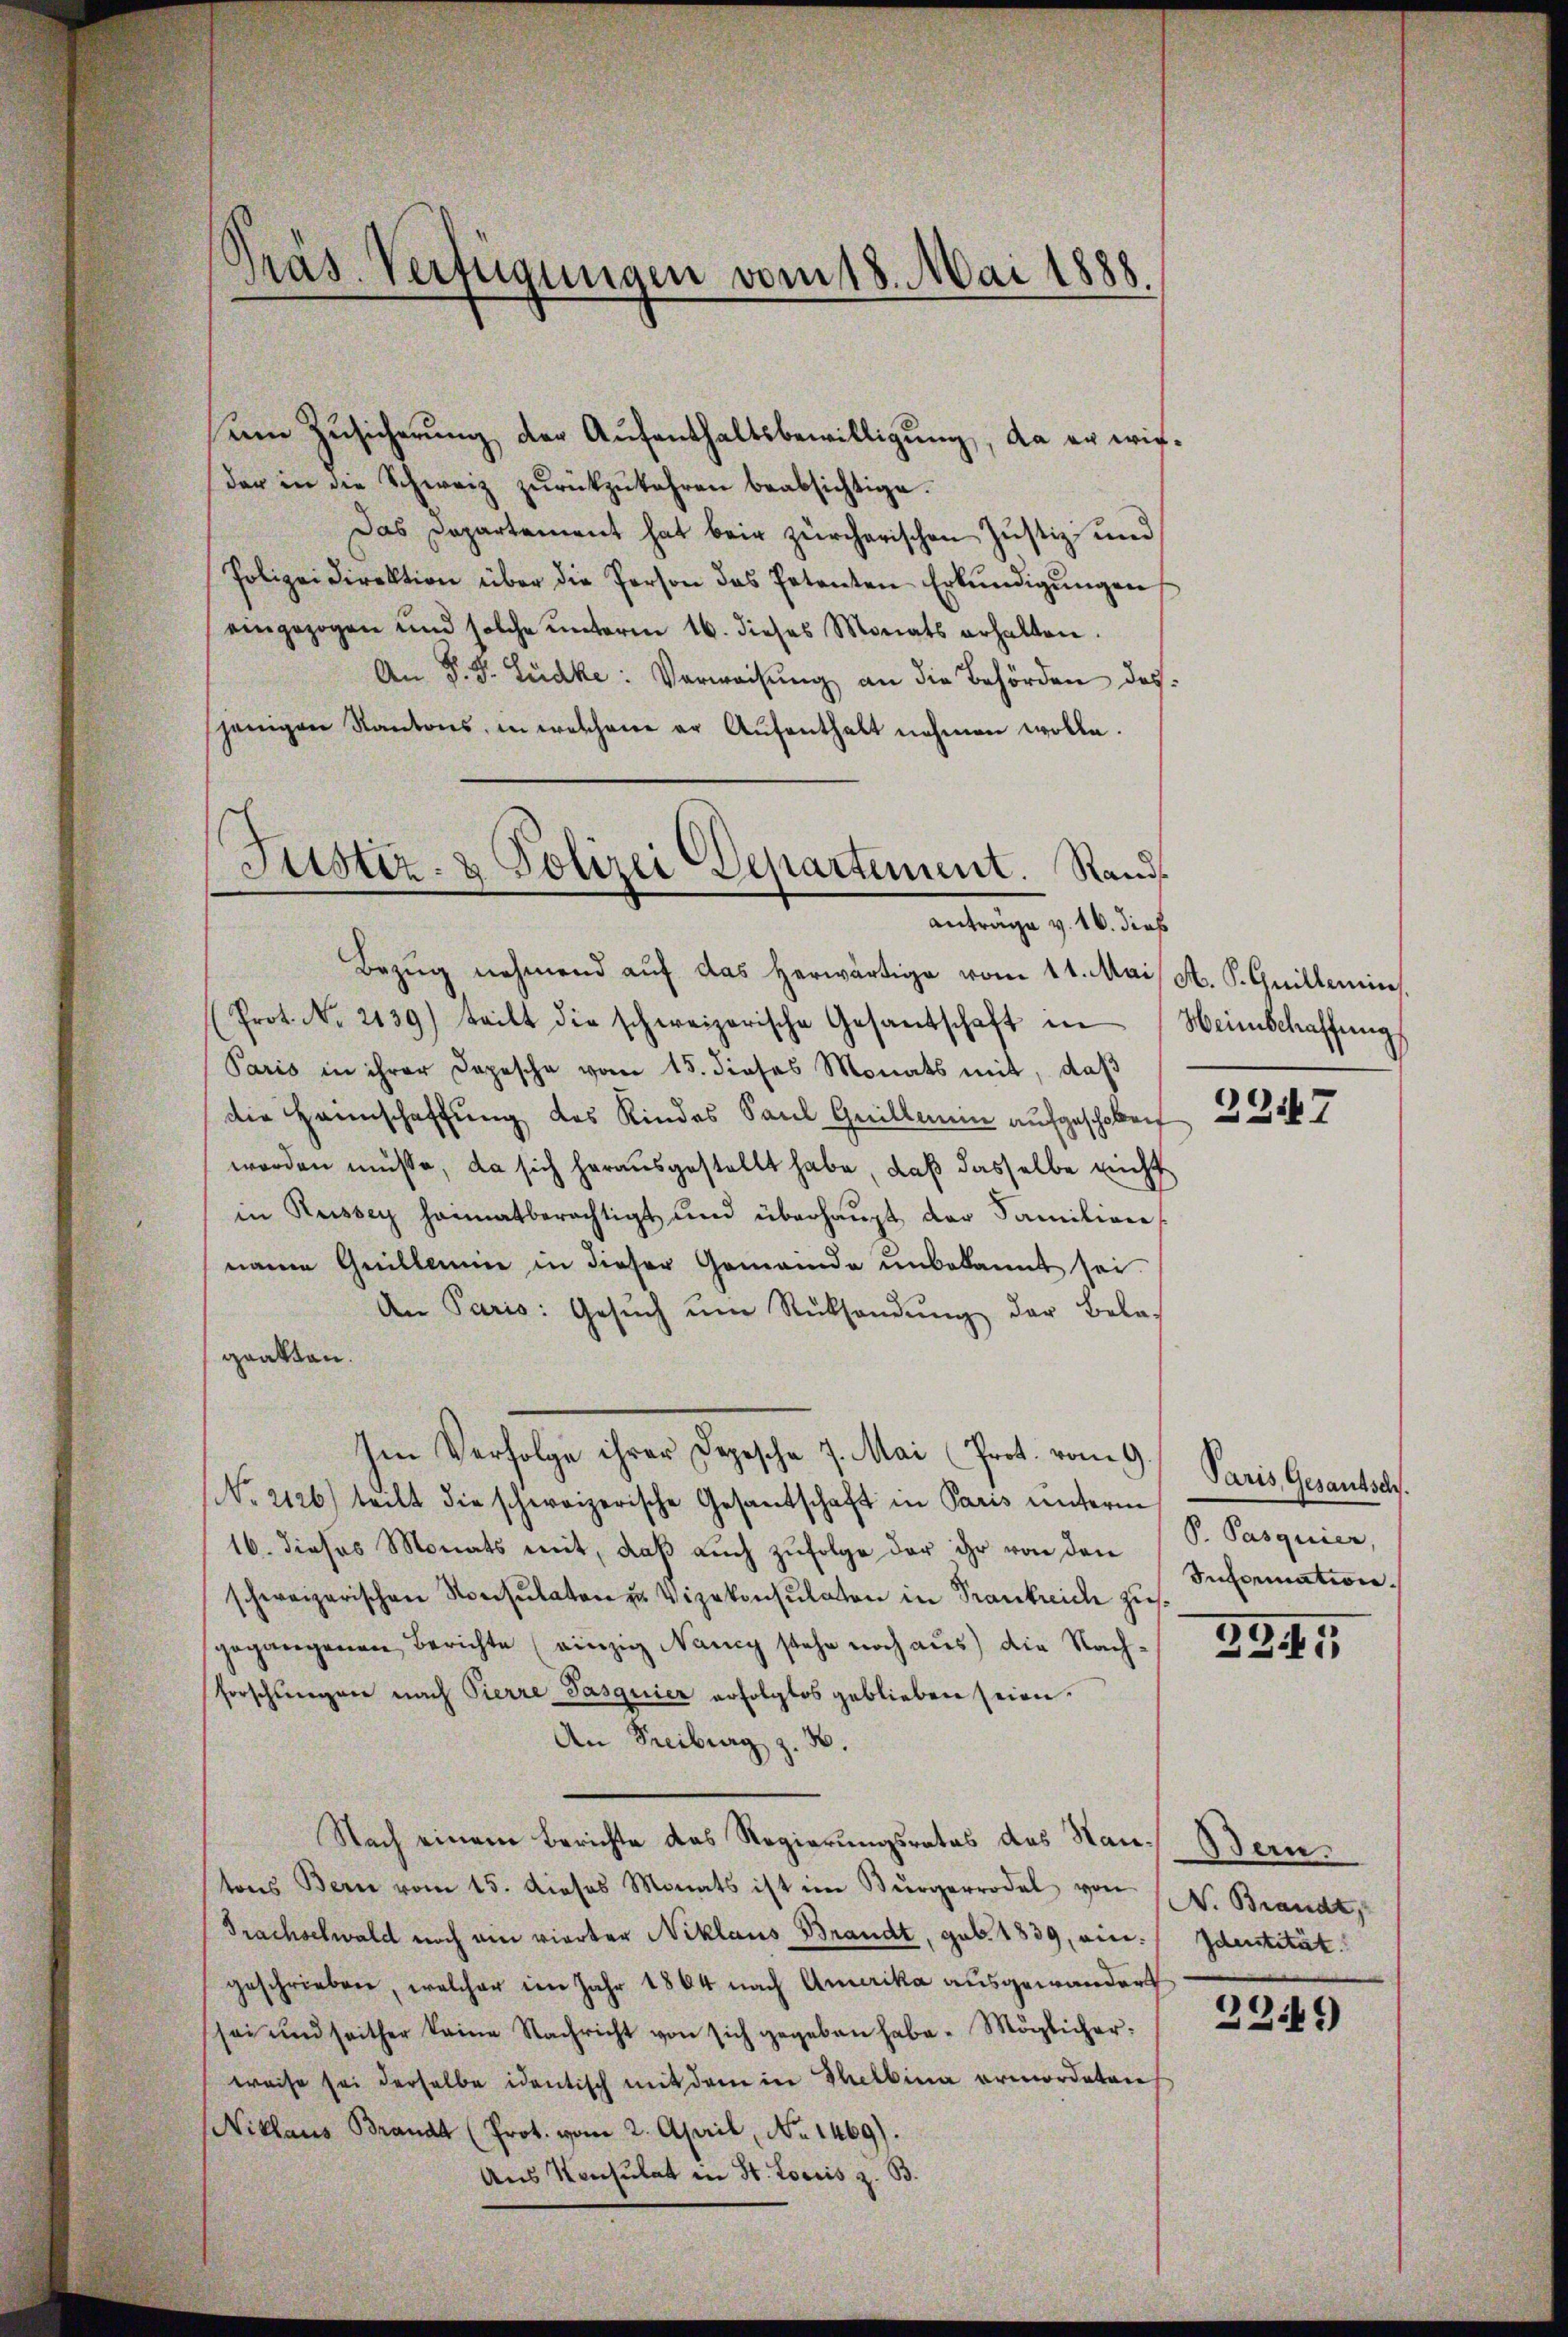
Präs. Verfügungen vom 18. Mai 1888.

em Zusicherung der Aufenthaltsbewilligung, da er wirder in die Schweiz zŭrückzukehren beabsichtige.
Das Departement hat beim zürcherischen Justiz- und
Polizeidirektion über die Person das Petenten Erkŭndigŭngen
eingezogen und solche ŭnterm 16. dieses Monats erhalten.
An P. J. Lücke: Verweisung an die Behörden des
jenigen Kantons, in welchene er Aŭfenthalt nehmen wolle.
Bezug nehmend auf das herwärtige vom 11. Mai M. P. Guillemin
Prot. No. 2139) teilt die schweizerische Gesandschaft in Weinschaffŭng
Paris in ihrer Depesche vom 15. dieses Monats mit, daß
die Hannschaffung des Kindes Paul Grillmein aufgeschoben
worden müsse, da sich herausgestellt habe, daß dasselbe nicht
in Russey heimatberechtigt und überhaŭpt der Familien
name Guillaine in dieser Gemeinde unbekannt sei.
An Paris: Gesŭch ŭm Rücksendŭng der Belas
gaatten.
Im Verfolge ihrer Depesche 7. Mai (Prot. vom 9.
No. 2126) teilt die schweizerische Gesandschaft in Paris unterm
16. dieses Monats mit, daß auch zufolge der ihr von den
schweizerischen Konsulaten u Vizekonsulaten in Trankreich zusgegangenen Berichte (einzig Nancy stehe noch aus) die Nach¬
Forschungen nach Pierre Pasquier erfolglos geblieben seien.
An Freiburg z.
2.
Nach einem Berichte das Regierungsrates des Hantons Bern vom 15. dieses Monats ist im Bürgerrodel von N. Brandt,
Frachselwald noch ein vierter Niklaus Brandt, geb. 1839, ein Identität
geschrieben, welcher im Jahr 1864 nach Amerika ausgewandert
sei und seither keine Nachricht von sich gegeben habe. Möglicher.
weise sei derselbe identisch mit dem in Thelbina ermordeten
Niklaus Brandt (Prot. vom 2. April, No 1469).
Aus Konsulat in St. Loris z. B.

Jüster- & Polizei Departement. Rands
anträge v. 16. dies

2247

Paris, Gesantsch.
P. Pasquier,
Information.

335

Bern.

2249)